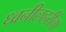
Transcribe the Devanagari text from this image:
ध्वनीलहरींचा